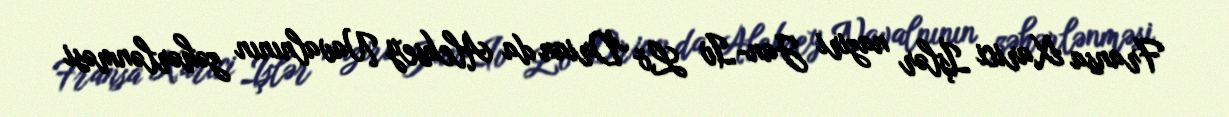
Fransa Xarici İşlər naziri Jan-Iv Lö Drian da Aleksey Navalnının zəhərlənməsi